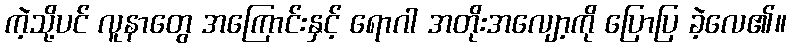
ကဲ့သို့ပင် လူနာတွေ အကြောင်းနှင့် ရောဂါ အတိုးအလျော့ကို ပြောပြ ခဲ့လေ၏။